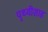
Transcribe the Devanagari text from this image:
पृथ्वीशाह